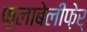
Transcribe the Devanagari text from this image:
फ़्लाबेलीफ़ेर्